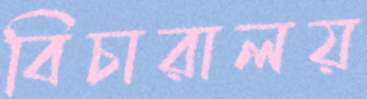
বিচারালয়